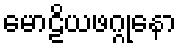
မောဠိယဖဂ္ဂုနော